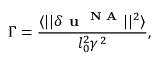
\Gamma = \frac { \langle | | \delta \textbf { u } ^ { \mathrm { \textbf { N A } } } | | ^ { 2 } \rangle } { l _ { 0 } ^ { 2 } \gamma ^ { 2 } } ,